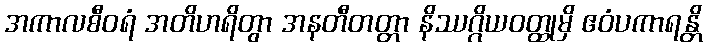
အကာလစီဝရံ အတိဟရိတွာ အနတီတတ္တာ နိဿဂ္ဂိယဝတ္ထုမှိ ဧဝံပကာရန္တိ